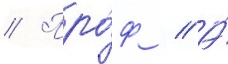
// Про́ф // А́